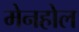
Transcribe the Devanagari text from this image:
मेनहोल